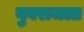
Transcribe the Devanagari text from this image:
युवराजला